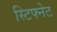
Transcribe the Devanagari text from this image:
स्टिफ्नेट